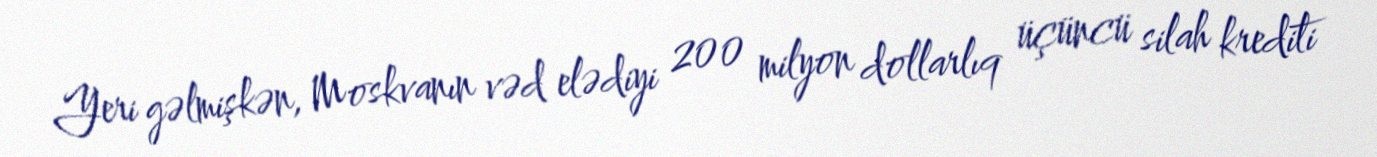
Yeri gəlmişkən, Moskvanın vəd elədiyi 200 milyon dollarlıq üçüncü silah krediti